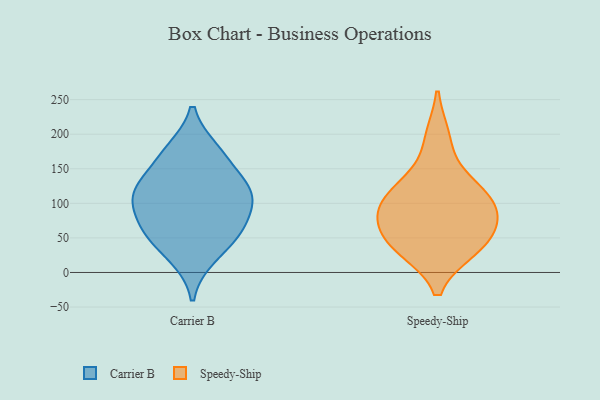
{"axis": {"x": "Churn Rate (%)", "y": "Value"}, "legend": ["Carrier B", "Speedy-Ship"], "data": [{"x": "", "y": 23, "type": "Carrier B"}, {"x": "", "y": 112, "type": "Carrier B"}, {"x": "", "y": 71, "type": "Carrier B"}, {"x": "", "y": 167, "type": "Carrier B"}, {"x": "", "y": 58, "type": "Carrier B"}, {"x": "", "y": 112, "type": "Carrier B"}, {"x": "", "y": 123, "type": "Carrier B"}, {"x": "", "y": 59, "type": "Carrier B"}, {"x": "", "y": 113, "type": "Carrier B"}, {"x": "", "y": 176, "type": "Carrier B"}, {"x": "", "y": 36, "type": "Speedy-Ship"}, {"x": "", "y": 124, "type": "Speedy-Ship"}, {"x": "", "y": 94, "type": "Speedy-Ship"}, {"x": "", "y": 67, "type": "Speedy-Ship"}, {"x": "", "y": 43, "type": "Speedy-Ship"}, {"x": "", "y": 195, "type": "Speedy-Ship"}, {"x": "", "y": 127, "type": "Speedy-Ship"}, {"x": "", "y": 90, "type": "Speedy-Ship"}, {"x": "", "y": 89, "type": "Speedy-Ship"}, {"x": "", "y": 34, "type": "Speedy-Ship"}]}